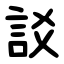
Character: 訤